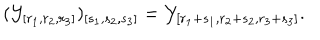
LaTeX: ( { \cal Y } _ { [ r _ { 1 } , r _ { 2 } , r _ { 3 } ] } ) _ { [ s _ { 1 } , s _ { 2 } , s _ { 3 } ] } = { \cal Y } _ { [ r _ { 1 } + s _ { 1 } , r _ { 2 } + s _ { 2 } , r _ { 3 } + s _ { 3 } ] } .